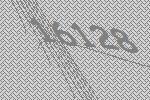
16128